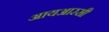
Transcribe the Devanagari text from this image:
आयआरसी